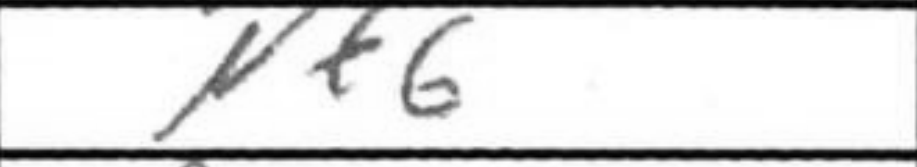
Transcription: Nf6